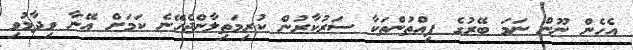
އެހެން ނޫން ނަމަ ބޭރުގެ ފިއްތުންތަކާ ސަރުކާރުން ކުރިމަތިލާންޖެހޭނެ ކަމަށް އޭނާ ވިދާޅުވި